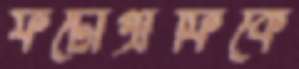
ফটোগ্রাফিকে